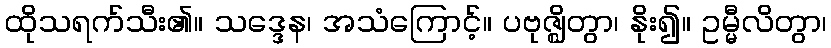
ထိုသရက်သီး၏။ သဒ္ဒေန၊ အသံကြောင့်။ ပဗုဇ္ဈိတွာ၊ နိုး၍။ ဥမ္မီလိတွာ၊